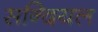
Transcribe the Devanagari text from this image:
सन्दियल